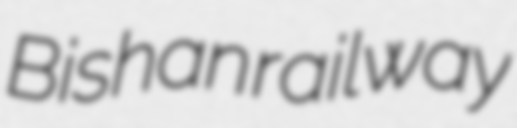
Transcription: Bishan railway